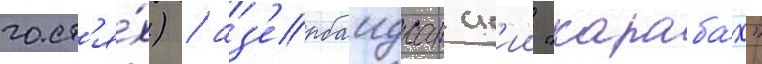
гост'я́х) / аз'ербаиджанск'ии "караба́х"